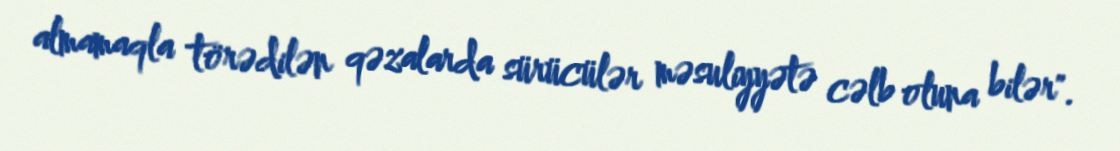
almamaqla törədilən qəzalarda sürücülər məsuliyyətə cəlb oluna bilər".